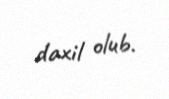
daxil olub.